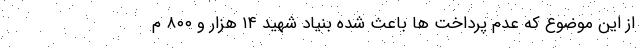
از این موضوع که عدم پرداخت ها باعث شده بنیاد شهید ۱۴ هزار و ۸۰۰ م